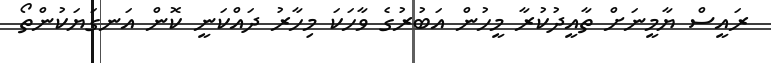
ރައީސް ޔާމީނަށް ތާއީދުކުރާ މީހުން އަބުރުގެ ވާހަކަ މިހާރު ދައްކަނީ ކޮން އަނގަޔަކުންތޯ